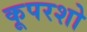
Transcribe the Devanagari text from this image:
कूपरशो